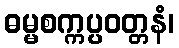
ဓမ္မစက္ကပ္ပဝတ္တနံ၊